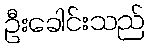
ဦးခေါင်းသည်